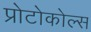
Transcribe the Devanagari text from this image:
प्रोटोकोल्स